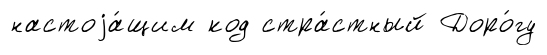
настоjа́щим код стра́стный Доро́гу